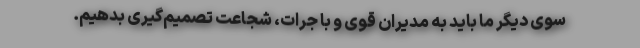
سوی دیگر ما باید به مدیران قوی و با جرات، شجاعت تصمیم‌گیری بدهیم.